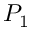
P _ { 1 }